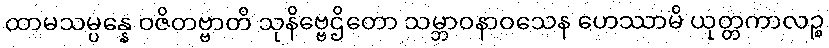
ထာမသမ္ပန္နေ ဝဇိတဗ္ဗာတိ သုနိဗ္ဗေဌိတော သမ္ဘာဝနာဝသေန ဟေဿာမိ ယုတ္တကာလဉ္စ